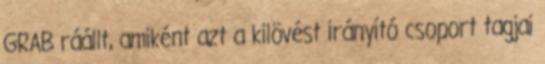
GRAB ráállt, amiként azt a kilövést irányító csoport tagjai